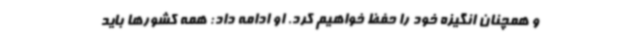
و همچنان انگیزه خود را حفظ خواهیم کرد. او ادامه داد: همه کشورها باید